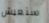
سنعيش